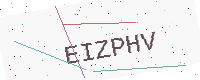
Text: EIZPHV